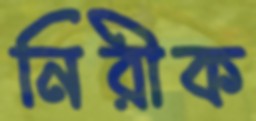
নিরীক